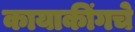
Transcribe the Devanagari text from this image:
कायाकींगचे